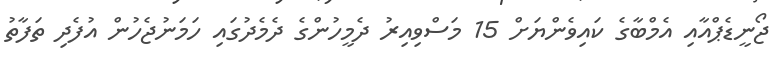
ޖޯނީޑެޕްއާއި އެމްބާގެ ކައިވެންޔަށް 15 މަސްވިއިރު ދެމީހުންގެ ދެމެދުގައި ހަމަނުޖެހުން އުފެދި ތަފާތު